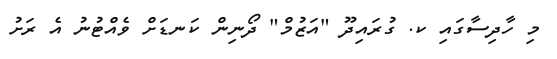
މި ހާދިސާގައި ކ. ގުރައިދޫ "އަޒުމް" ދޯނިން ކަނޑަށް ވެއްޓުނު އެ ރަށު